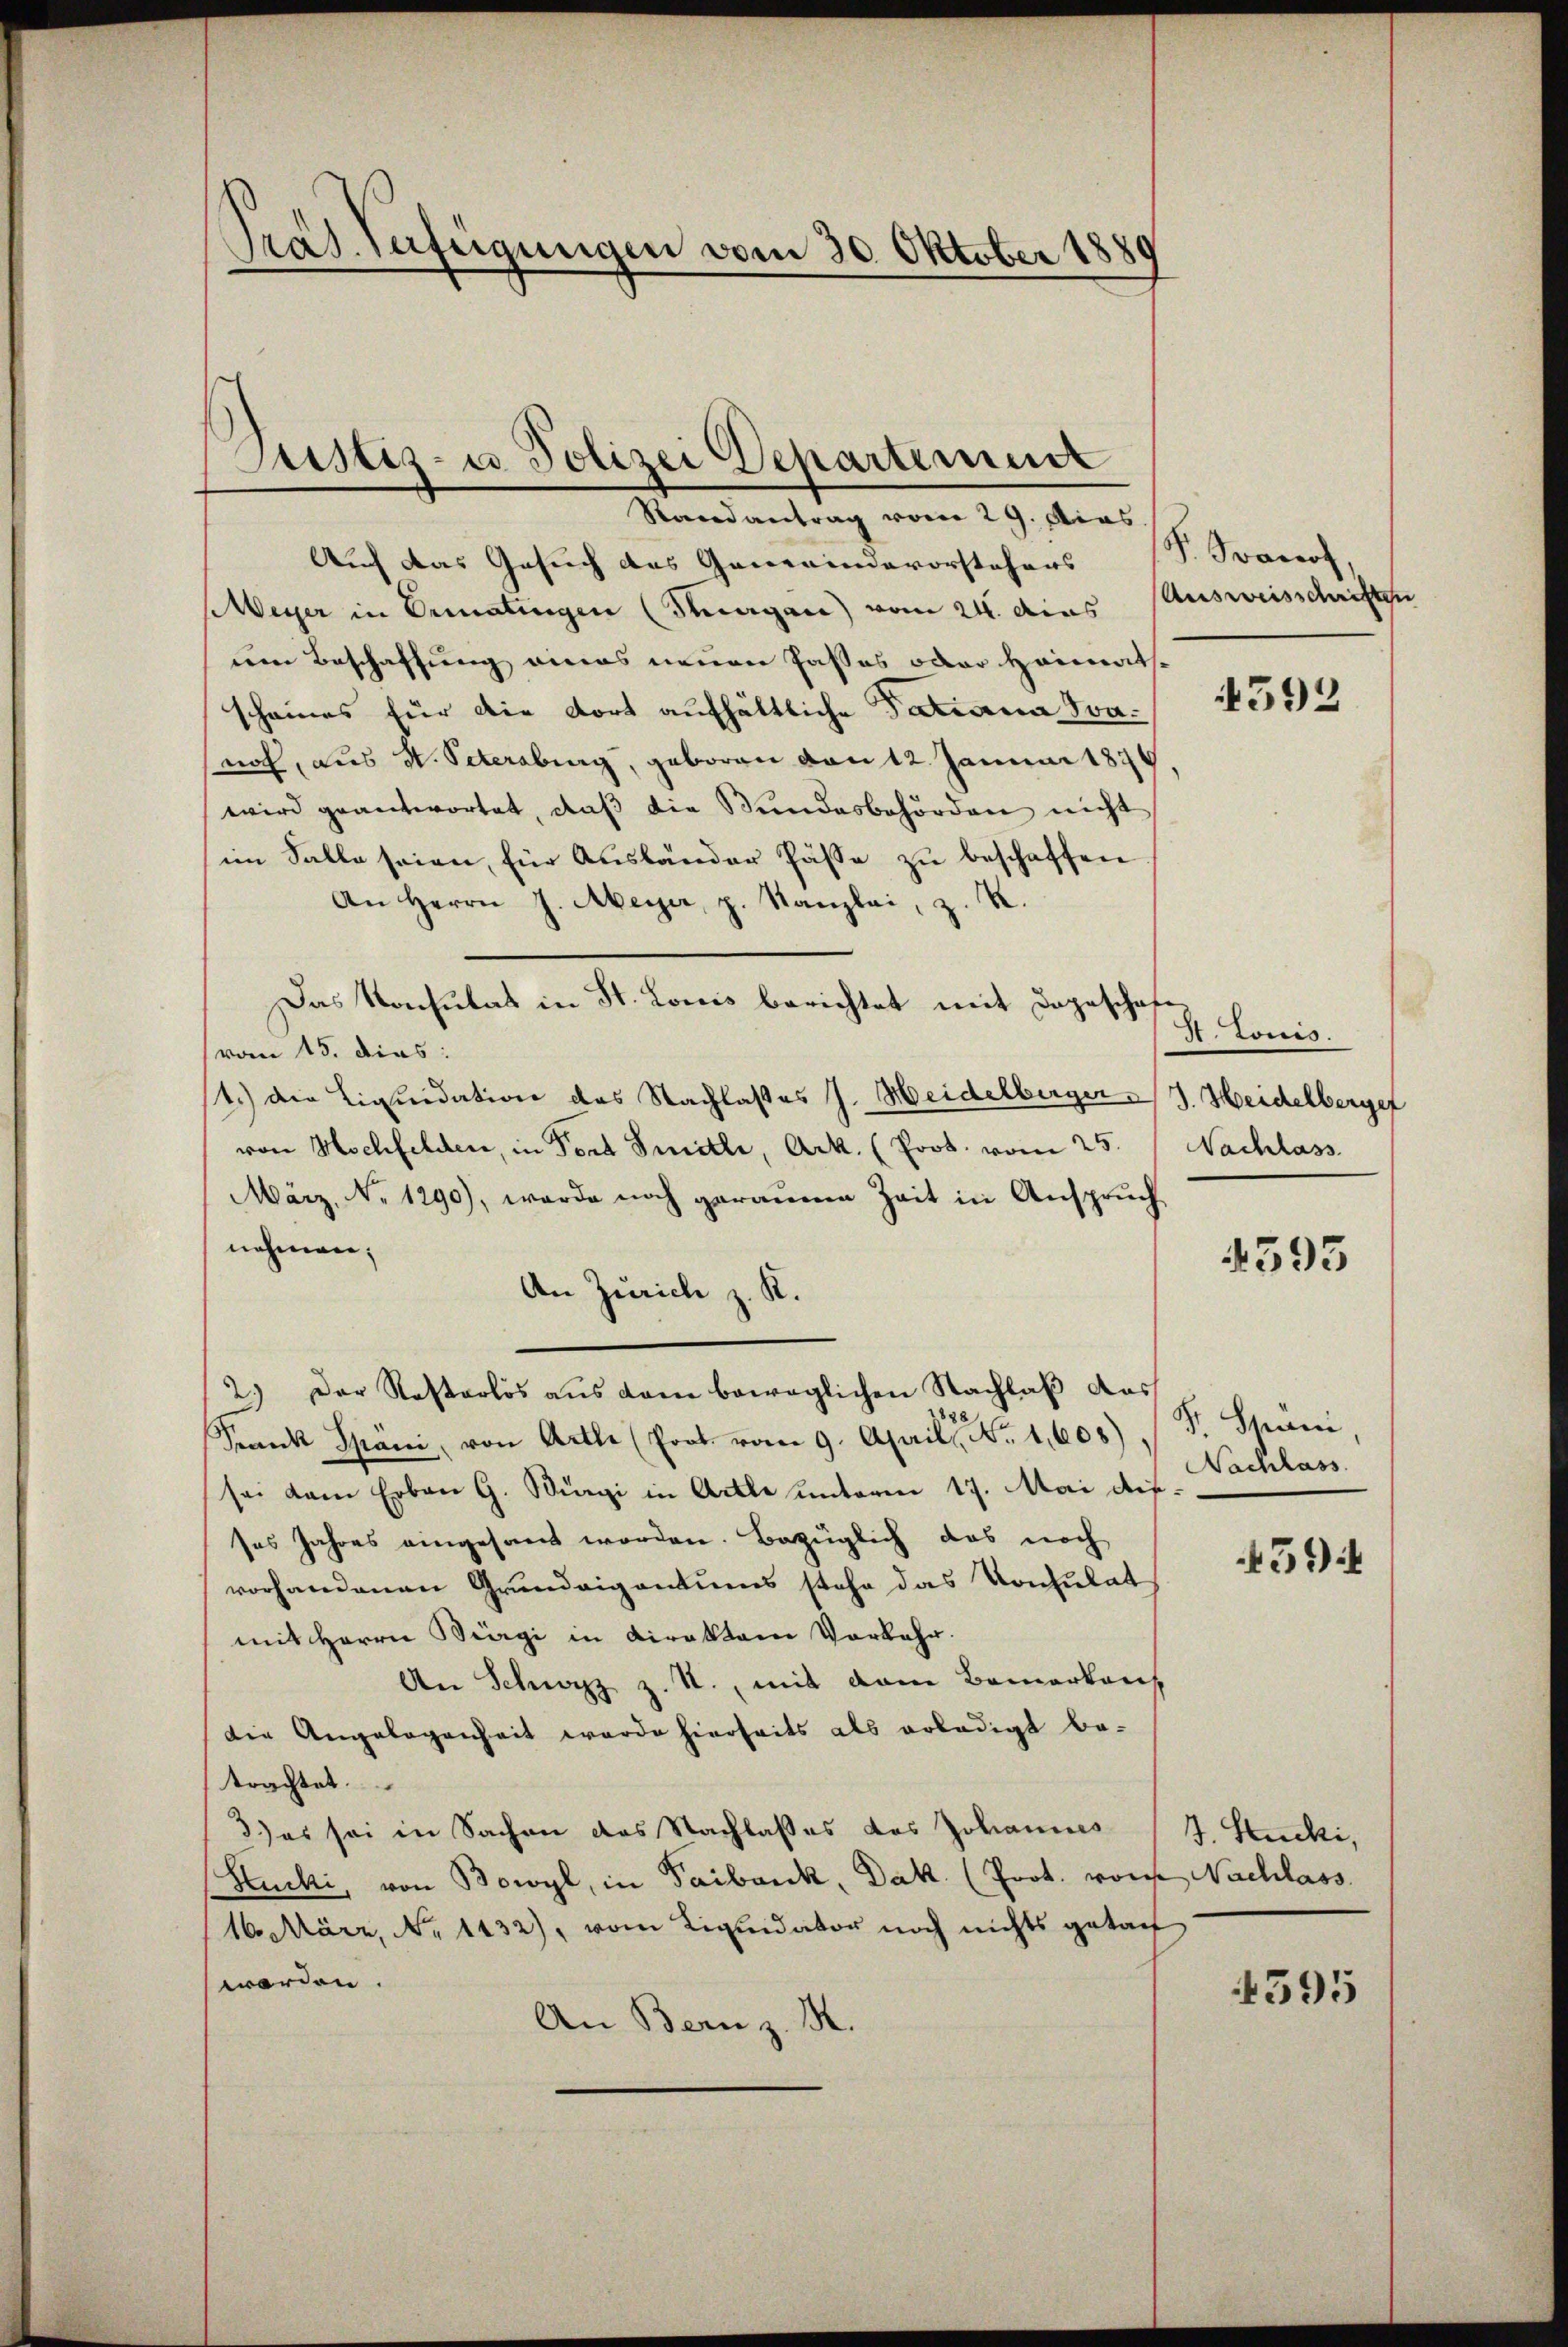
Präsenfügungen vom 30. Oktober 1889

Justiz- u. Polizei Departement

Randantrag vom 29. Dies
Auch das Gesuch des Gemeindevorstehers |
Weyer in Bematingen (Tagen) vom 24. das
um Beschaffung eines neuen Paßes oder Heimathscheines für die dort aufhältliche Tatiana Sanoch, aus V. Petersburg, geboren von 12. Januar 1879
wird geantwortet, daß die Bundesbehörden nicht
im Falle seien, für Ausländer Pässe zu beschaffen
An Herrn J. Meyer, p. Kanzlei, z. R.
Das Konsulat in St. Louis berichtet mit Dageschafvom 15. dies:
1.) Die Liquidation des Nachlasses J. Weidelburger J. Heidelberger
von Hochfelden, in Fort Smitle, Ark. (Prot. vom 25.
März, No 1290), werde noch geraume Zeit in Anspruch
nehmen;
An Zürich z. R.
2.) Der Rastarlös aus dem beweglichen Nachlaß das
Frank Späni, von Arthe (Prot. vom 9. April d. 1,605) P. Spani
sei dem Erben G. Bürgi in Arthe unterm 17. Mai die
ses Jahres eingesant worden. Bezüglich das noch
vorhandenen Grundeigentums stehe das Konsulat
mit Herrn Bürgi in Direktor Vorkehr.
An Schwyz z. R., mit dem Bemerkauf
die Angelegenheit werde hierseits als erledigt be-
trachtet.
3) es sei in Sachen das Nachlasses des Johannes
Stucki, von Bowyl, in Taibank, Dak. (Prot. von Nachlass
16. März, No 1432), vom Liquidator noch nichts getan
worden.
An Bern z. R.

P. Joanof,
Ausweisschriften

4592

St. Louis.
Nachlass

4593

Nachlass.

594

J. Stucki,

4595